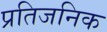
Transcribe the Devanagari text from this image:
प्रतिजनिक